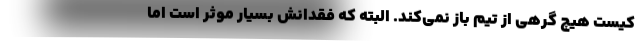
کیست هیچ گرهی از تیم باز نمی‌کند. البته که فقدانش بسیار موثر است اما